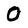
Character: 0